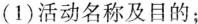
(1)活动名称及目的；